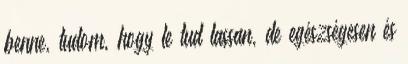
benne, tudom, hogy le tud lassan, de egészségesen és